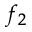
f _ { 2 }